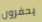
يحفرون